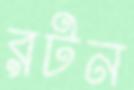
রটন